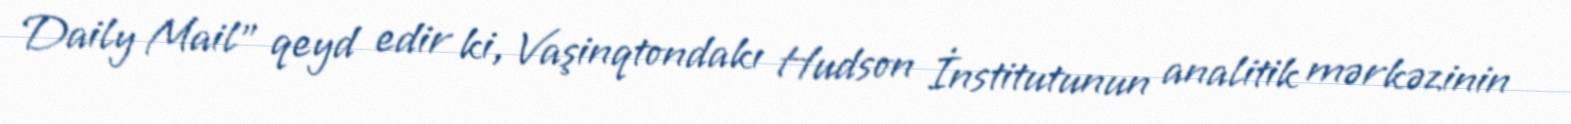
Daily Mail" qeyd edir ki, Vaşinqtondakı Hudson İnstitutunun analitik mərkəzinin